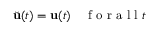
\Breve { \mathbf { u } } ( t ) = \mathbf { u } ( t ) \quad \mathrm { ~ f ~ o ~ r ~ a ~ l ~ l ~ } t